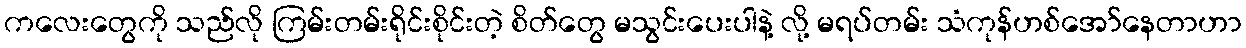
ကလေးတွေကို သည်လို ကြမ်းတမ်းရိုင်းစိုင်းတဲ့ စိတ်တွေ မသွင်းပေးပါနဲ့ လို့ မရပ်တမ်း သံကုန်ဟစ်အော်နေတာဟာ